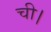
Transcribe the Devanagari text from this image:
ची।